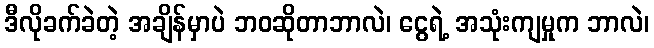
ဒီလိုခက်ခဲတဲ့ အချိန်မှာပဲ ဘဝဆိုတာဘာလဲ၊ ငွေရဲ့ အသုံးကျမှုက ဘာလဲ၊